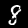
Label: 8